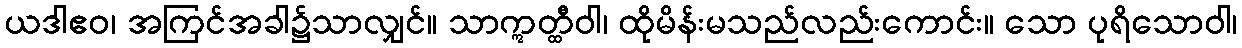
ယဒါဧဝ၊ အကြင်အခါ၌သာလျှင်။ သာဣတ္ထီဝါ၊ ထိုမိန်းမသည်လည်းကောင်း။ သော ပုရိသောဝါ၊